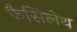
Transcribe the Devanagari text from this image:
कैसिलेथ